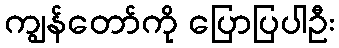
ကျွန်တော်ကို ပြောပြပါဦး